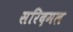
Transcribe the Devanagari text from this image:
सरिदमल